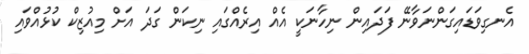
އެނގިވަޑައިގަންނަވާނޭ ފަދައިން ނިހާނަކީ އެއް އިރެއްގައި ނިކަން ގަދަ އަށް މިއުޒިކް ކުޅުއްވައި